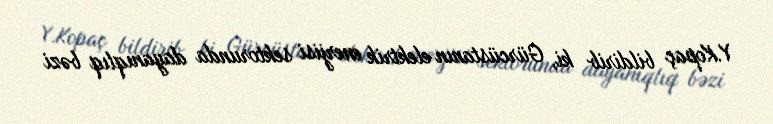
Y.Kopaç bildirib ki, Gürcüstanın elektrik enerjisi sektorunda dayanıqlıq bəzi